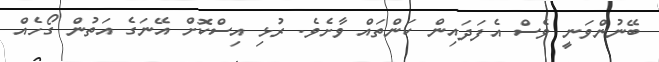
ބޭނުންވަނީ ވެސް އެފަދައިން ކަންތައް ވާށެވެ. ރުޅި އިސްކޮށް އޭނަގެ އަތުން ގޯހެއް